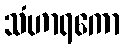
သံဟာရကော